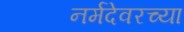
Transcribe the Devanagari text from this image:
नर्मदेवरच्या